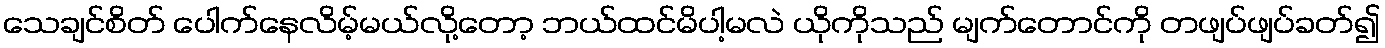
သေချင်စိတ် ပေါက်နေလိမ့်မယ်လို့တော့ ဘယ်ထင်မိပါ့မလဲ ယိုကိုသည် မျက်တောင်ကို တဖျပ်ဖျပ်ခတ်၍